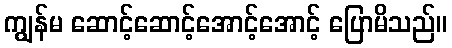
ကျွန်မ ဆောင့်ဆောင့်အောင့်အောင့် ပြောမိသည်။